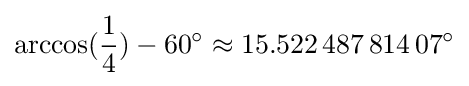
\arccos({\frac {1}{4}})-60^{\circ }\approx 15.522\,487\,814\,07^{\circ }